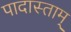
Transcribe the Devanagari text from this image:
पादास्ताम्